Civil Veterinary Department Bihar reports 1936-40 - 1936-1940
Year: 1936
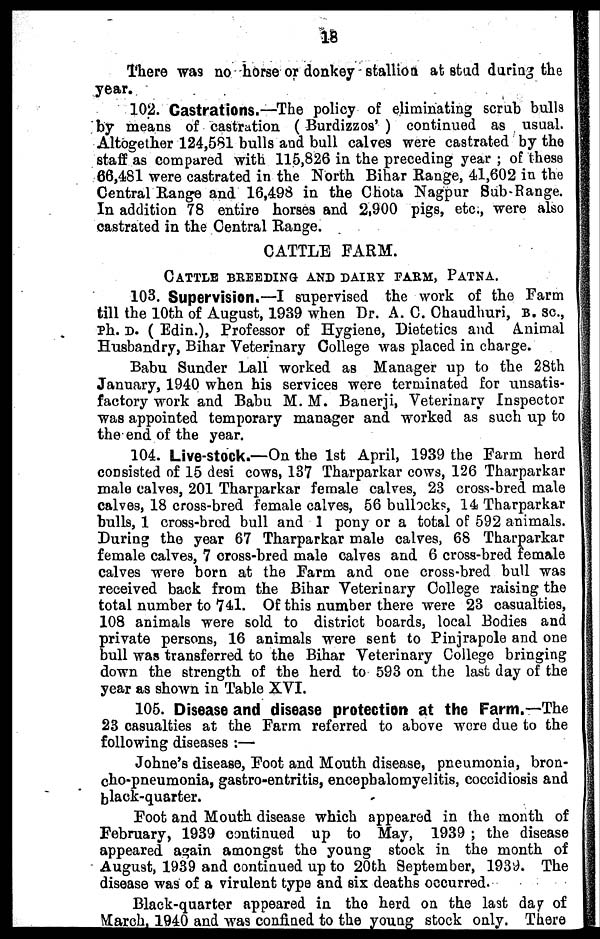
18
There was no horse or donkey stallion at stud during the
year.
102. Castrations.—The policy of eliminating scrub bulls
by means of castration (Burdizzos') continued as usual.
Altogether 124,581 bulls and bull calve9 were castrated by the
staff as compared with 115,826 in the preceding year; of these
66,481 were castrated in the North Bihar Range, 41,602 in the
Central Range and 16,498 in the Chota Nagpur Sub-Range.
In addition 78 entire horses and 2,900 pigs, etc., were also
castrated in the Central Range.
CATTLE FARM.
Cattle breeding and dairy farm, Patna.
103. Supervision.—I supervised the work of the Farm
till the 10th of August, 1939 when Dr. A. C. Chaudhuri, b. sc.,
Ph. D. (Edin.), Professor of Hygiene, Dietetics and Animal
Husbandry, Bihar Veterinary College was placed in charge.
Babu Sunder Lall worked as Manager up to the 28th
January, 1940 when his services were terminated for unsatis-
factory work and Babu M. M. Banerji, Veterinary Inspector
was appointed temporary manager and worked as such up to
the end of the year.
104. Live-stock.—On the 1st April, 1939 the Farm herd
consisted of 15 desi cows, 137 Tharparkar cows, 126 Tharparkar
male calves, 201 Tharparkar female calves, 23 cross-bred male
calves, 18 cross-bred female calves, 56 bullocks, 14 Tharparkar
bulls, 1 cross-bred bull and 1 pony or a total of 592 animals.
During the year 67 Tharparkar male calves, 68 Tharparkar
female calve9, 7 cross-bred male calves and 6 cross-bred female
calves were born at the Farm and one cross-bred bull was
received back from the Bihar Veterinary College raising the
total number to 741. Of this number there were 23 casualties,
108 animals were sold to district boards, local Bodies and
private persons, 16 animals were sent to Pinjrapole and one
bull was transferred to the Bihar Veterinary College bringing
down the strength of the herd to 593 on the last day of the
year as shown in Table XVI.
105. Disease and disease protection at the Farm.—The
23 casualties at the Farm referred to above were due to the
following diseases:—
Johne's disease, Foot and Mouth disease, pneumonia, bron-
cho-pneumonia, gastro-entritis, encephalomyelitis, coccidiosis and
black-quarter.
Foot and Mouth disease which appeared in the month of
February, 1939 continued up to May, 1939; the disease
appeared again amongst the young stock in the month of
August, 1939 and continued up to 20th September, 1939. The
disease was of a virulent type and six deaths occurred.
Black-quarter appeared in the herd on the last day of
March, 1940 and was confined to the young stock only. There